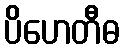
ပိဟေတီဓ